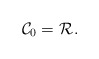
\begin{align*}\mathcal{C}_0 = \mathcal{R}_{}. \end{align*}